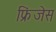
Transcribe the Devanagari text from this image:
फ्रिंजेस